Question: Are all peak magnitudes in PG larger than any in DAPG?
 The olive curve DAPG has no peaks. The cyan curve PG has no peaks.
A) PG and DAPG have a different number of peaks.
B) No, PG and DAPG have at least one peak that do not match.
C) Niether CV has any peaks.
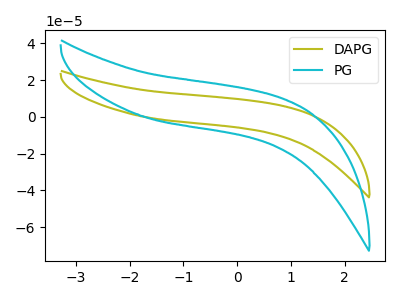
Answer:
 <answer>C) Niether CV has any peaks.</answer>
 <eval>C</eval>